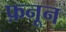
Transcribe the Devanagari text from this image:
फ़नून